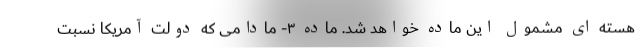
هسته ای مشمول این ماده خواهد شد. ماده ۳- مادامی که دولت آمریکا نسبت